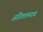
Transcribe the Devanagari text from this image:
अतिकामयाब